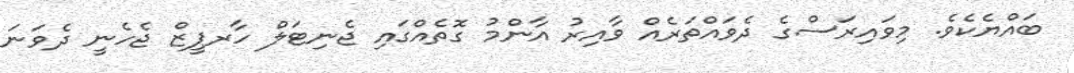
ބައްޔެކެވެ. މިވައިރަސްގެ ދެވައްތަރެއް ވާއިރު އާންމު ގޮތެއްގައި ޖެނިޓަލް ހާރޕީޒް ޖެހެނީ ދެވަނަ